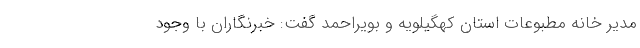
مدیر خانه مطبوعات استان کهگیلویه و بویراحمد گفت: خبرنگاران با وجود